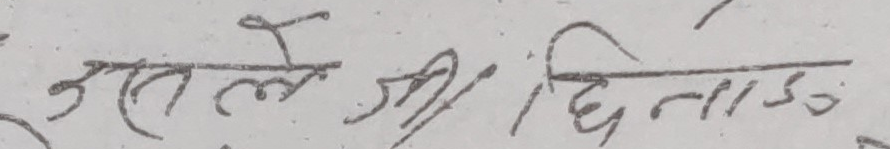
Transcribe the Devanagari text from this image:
उतले श्री / दिनाऽ३